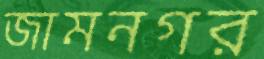
জামনগর